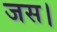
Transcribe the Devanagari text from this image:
जस।